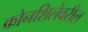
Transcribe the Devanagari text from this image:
कोनशिलेवरील